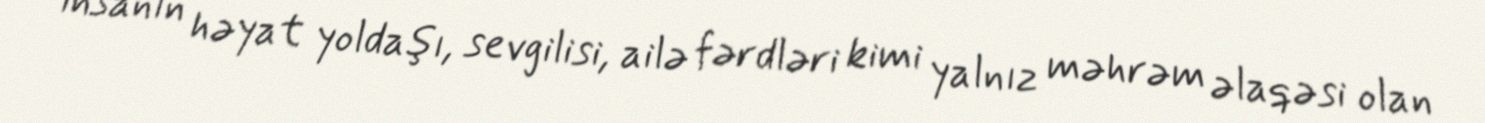
insanın həyat yoldaşı, sevgilisi, ailə fərdləri kimi yalnız məhrəm əlaqəsi olan